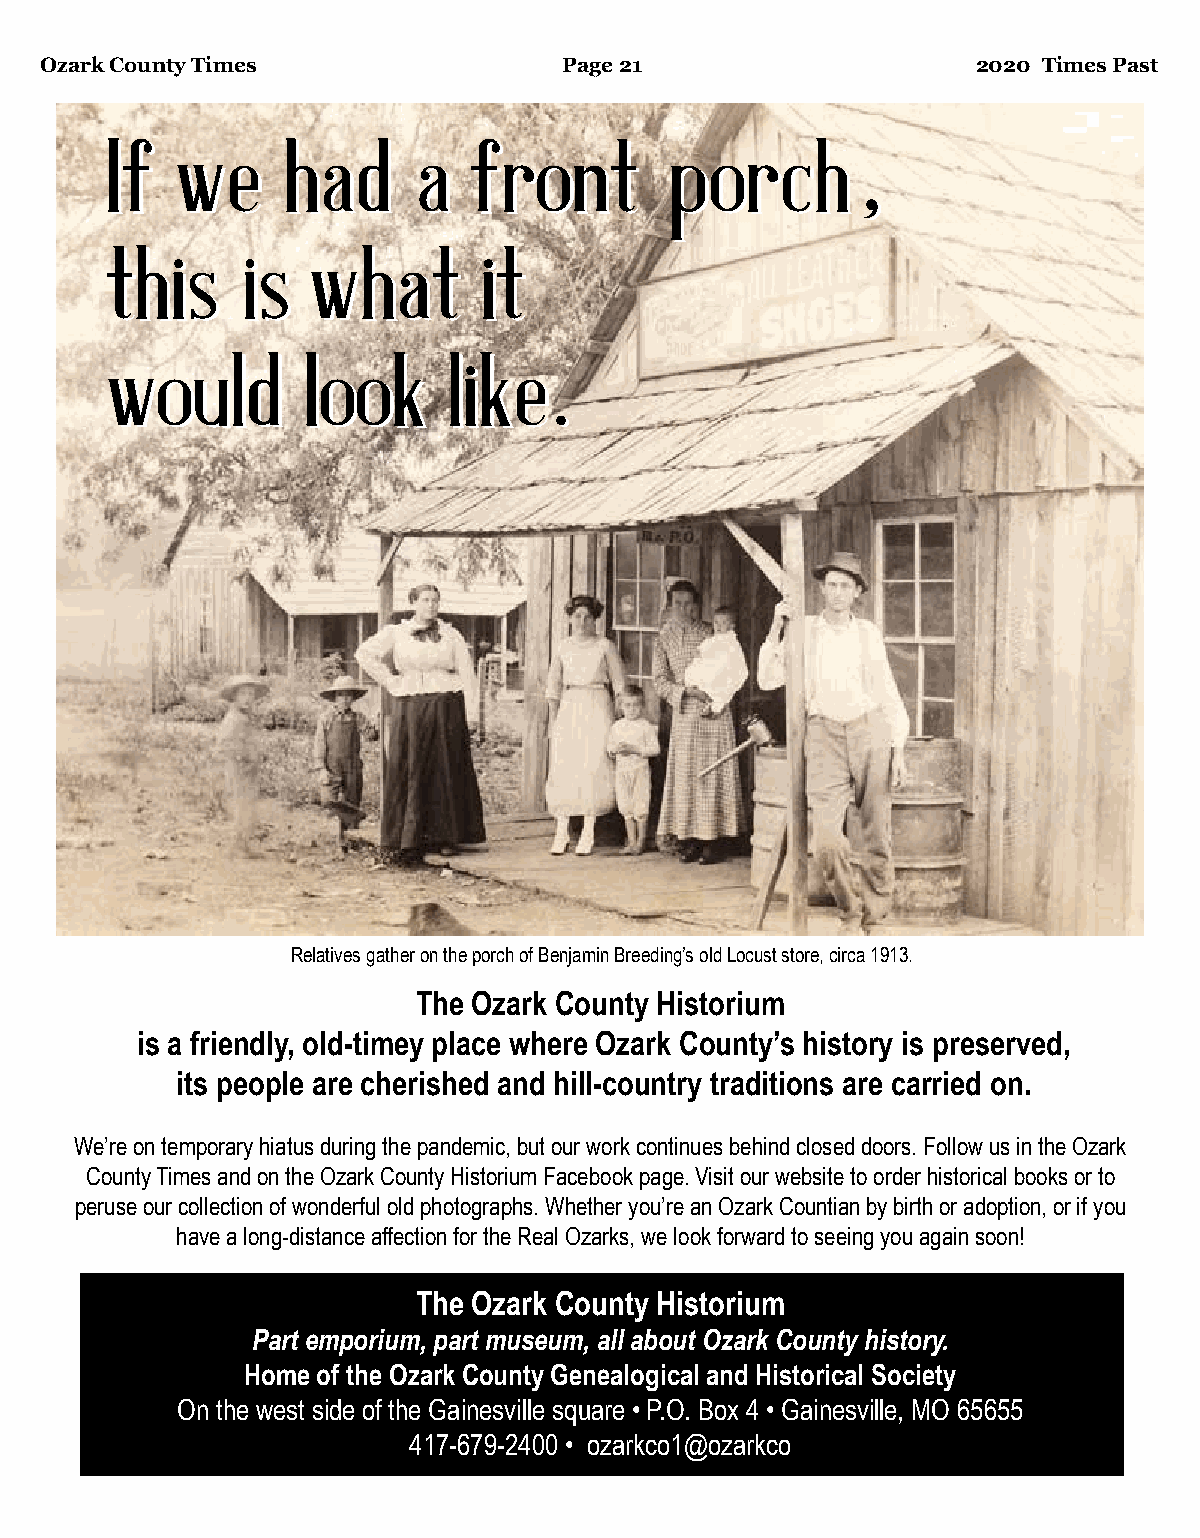
Ozark County Times                Page 21                     2020 Times Past
 IIff wwee   hhaadd   a a ffrroonntt  ppoorrcchh,,
 tthhiiss iiss w whhaatt  iitt
 wwoouulldd   llooookk  lliikkee..
 Relatives gather on the porch of Benjamin Breeding’s old Locust store, circa 1913.
 The Ozark County Historium
 is a friendly, old-timey place where Ozark County’s history is preserved,
 its people are cherished and hill-country traditions are carried on.
 We’re on temporary hiatus during the pandemic, but our work continues behind closed doors. Follow us in the Ozark
 County Times and on the Ozark County Historium Facebook page. Visit our website to order historical books or to
 peruse our collection of wonderful old photographs. Whether you’re an Ozark Countian by birth or adoption, or if you
 have a long-distance affection for the Real Ozarks, we look forward to seeing you again soon!
 The Ozark County Historium
 Part emporium, part museum, all about Ozark County history.
 Home of the Ozark County Genealogical and Historical Society
 On the west side of the Gainesville square • P.O. Box 4 • Gainesville, MO 65655
 417-679-2400 • ozarkco1@ozarkco